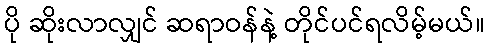
ပို ဆိုးလာလျှင် ဆရာဝန်နဲ့ တိုင်ပင်ရလိမ့်မယ်။